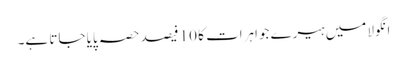
انگولا میں ہیرے جواہرات کا 10 فیصد حصہ پایا جاتا ہے۔